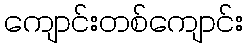
ကျောင်းတစ်ကျောင်း